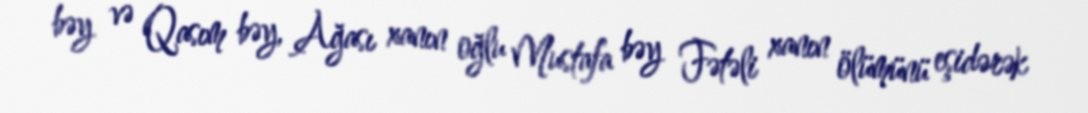
bəy və Qasım bəy, Ağası xanın oğlu Mustafa bəy Fətəli xanın ölümünü eşidərək